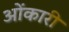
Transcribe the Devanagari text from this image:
ओंकारी